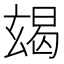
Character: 𤣨